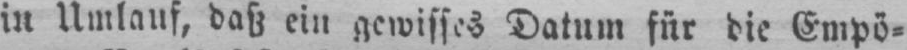
in Umlauf, daß ein gewisses Datum für die Empö⸗